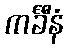
ကင်္ခီနံ